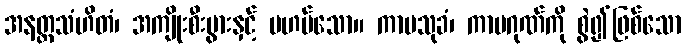
အနတ္ထသံဟိတံ၊ အကျိုးစီးပွားနှင့် မဟပ်သော။ ကာမသုခံ၊ ကာမဂုဏ်ကို စွဲ၍ဖြစ်သော